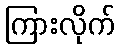
ကြားလိုက်